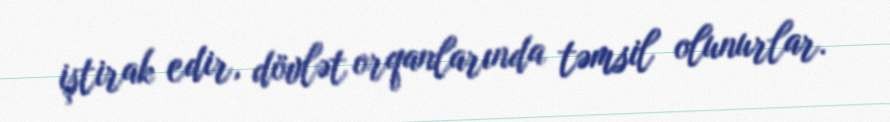
iştirak edir, dövlət orqanlarında təmsil olunurlar.